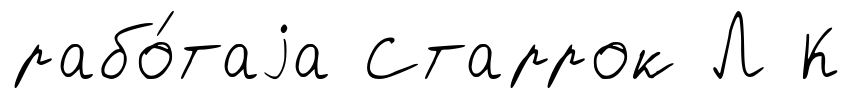
рабо́таjа Старрок Л К